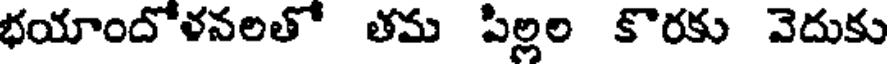
భయాందోళనలతో తమ పిల్లల కొరకు వెదుకు